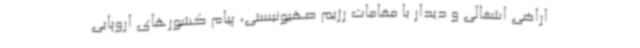
اراضی اشغالی و دیدار با مقامات رژیم صهیونیستی، پیام کشورهای اروپایی